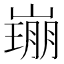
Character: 𡼜